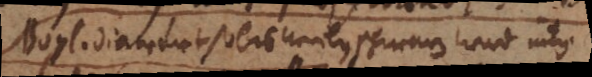
<<Boyl. diamant so bisweilen schwarz wird intus>>